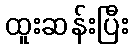
ထူးဆန်းပြီး